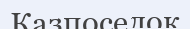
Казпоселок